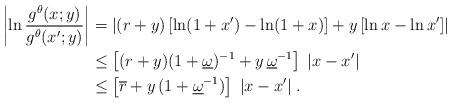
LaTeX: \begin{align*}\left|\ln \frac{g^\theta (x;y)}{g^\theta (x';y)}\right|&=\left|(r+y)\left[\ln(1+x')-\ln(1+x)\right]+y\left[\ln x-\ln x'\right]\right|\\&\leq \left[(r+y)(1+\underline \omega)^{-1}+y\,\underline \omega^{-1}\right]\;|x-x'|\\&\leq \left[\overline r +y\,(1+\underline \omega^{-1})\right]\;|x-x'| \;.\end{align*}